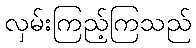
လှမ်းကြည့်ကြသည်